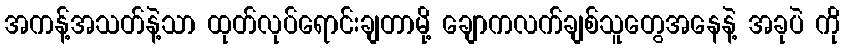
အကန့်အသတ်နဲ့သာ ထုတ်လုပ်ရောင်းချတာမို့ ချောကလက်ချစ်သူတွေအနေနဲ့ အခုပဲ ကို